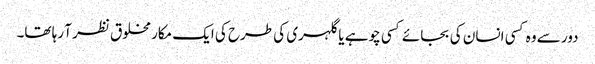
دور سے وہ کسی انسان کی بجائے کسی چوہے یا گلہری کی طرح کی ایک مکار مخلوق نظر آ رہا تھا۔